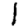
Digit: 1